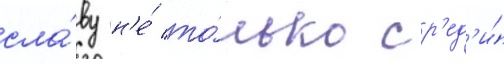
сла́ву н'е́ то́лько ср'ед'и́